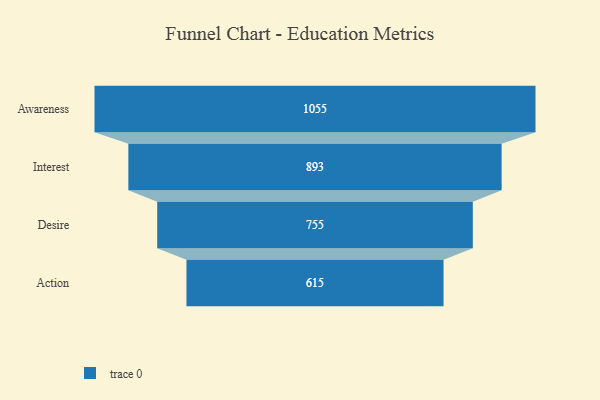
{"axis": {"x": "Stage", "y": "Value"}, "legend": [""], "data": [{"x": "Awareness", "y": 1055.0, "type": ""}, {"x": "Interest", "y": 893.0, "type": ""}, {"x": "Desire", "y": 755.0, "type": ""}, {"x": "Action", "y": 615.0, "type": ""}]}